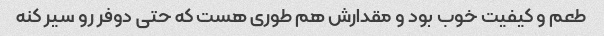
طعم و کیفیت خوب بود و مقدارش هم طوری هست که حتی دوفر رو سیر کنه